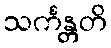
သင်္ကန္တတိ